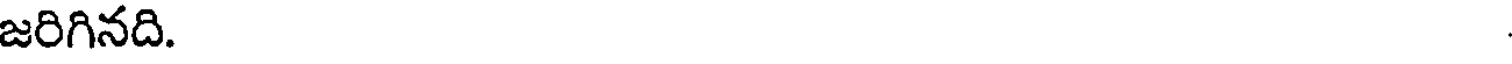
జరిగినది.